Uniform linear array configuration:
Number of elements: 12
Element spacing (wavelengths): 0.25
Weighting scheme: exponential
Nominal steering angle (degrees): -45
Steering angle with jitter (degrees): -45.132
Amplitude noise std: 0.05
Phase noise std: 0.05

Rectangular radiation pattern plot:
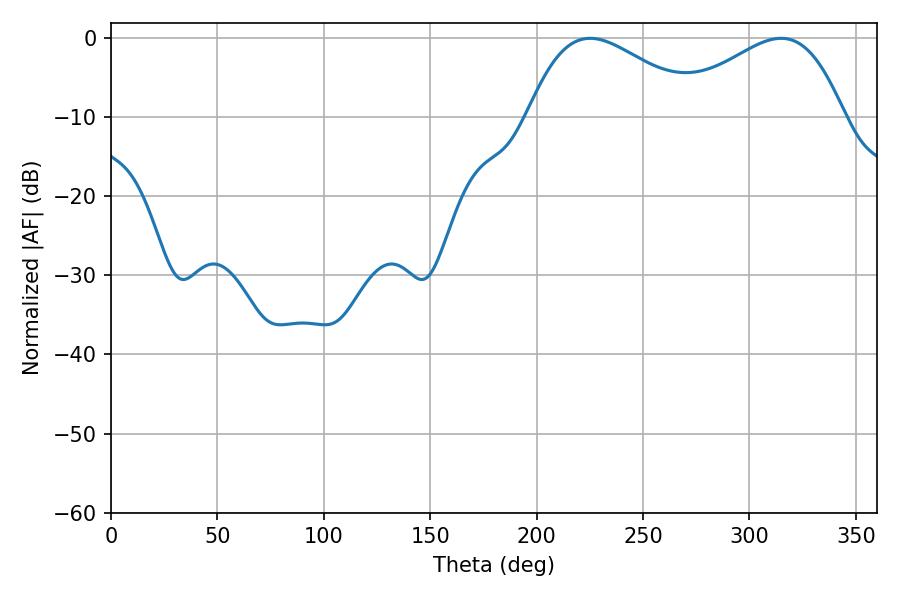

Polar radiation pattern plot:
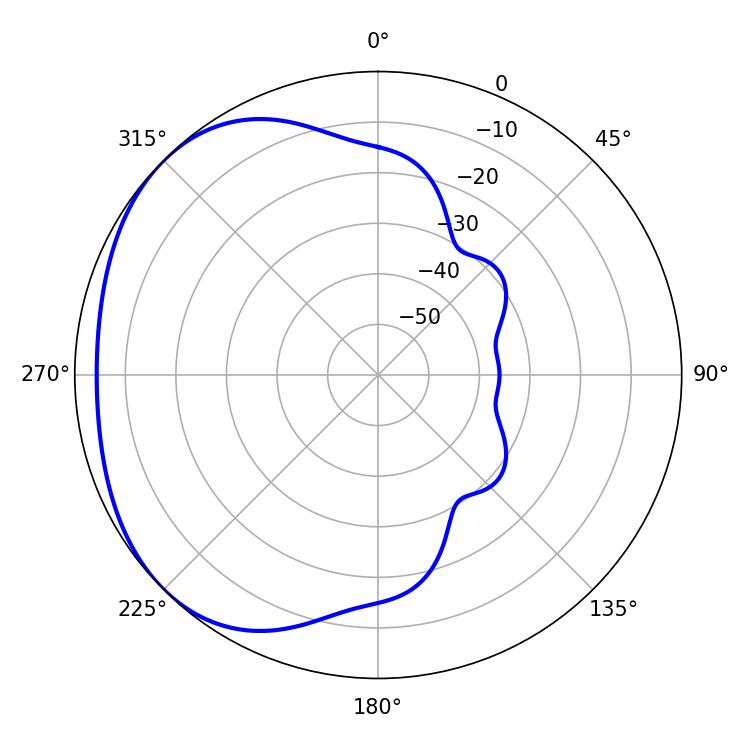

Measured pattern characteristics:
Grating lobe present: FALSE
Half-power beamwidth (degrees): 43.92
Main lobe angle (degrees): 225.18